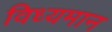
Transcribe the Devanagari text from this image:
विध्‍यमान